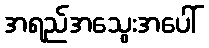
အရည်အသွေးအပေါ်